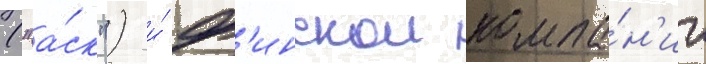
("а́ск") и́ ф'инскои компа́н'ии